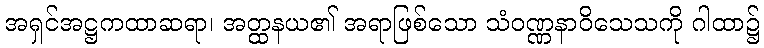
အရှင်အဋ္ဌကထာဆရာ၊ အတ္ထနယ၏ အရာဖြစ်သော သံဝဏ္ဏနာဝိသေသကို ဂါထာ၌